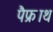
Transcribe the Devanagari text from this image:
पैफ्राथ